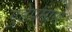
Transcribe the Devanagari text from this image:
गुहेप्रमाणे